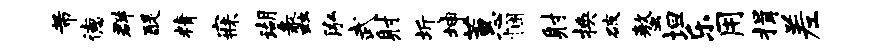
芾德群醍精寐瑚蠡泓武射圻坤蕙悃射换破螯坦乐用揖差